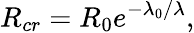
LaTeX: R_{cr}=R_{0}e^{-\lambda_{0}/\lambda},